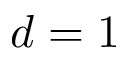
d = 1